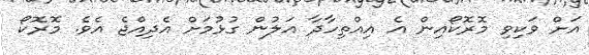
އަށް ވަކިވި މޮރޮކޯއިން އެ އިއްތިހާދާ އަލުން ގުޅުމަށް އެދިއްޖެ އެވެ. މޮރޮކޯ